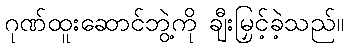
ဂုဏ်ထူးဆောင်ဘွဲ့ကို ချီးမြှင့်ခဲ့သည်။